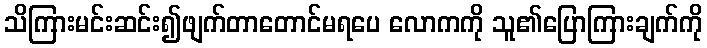
သိကြားမင်းဆင်း၍ဖျက်တာတောင်မရပေ လောကကို သူ၏ပြောကြားချက်ကို